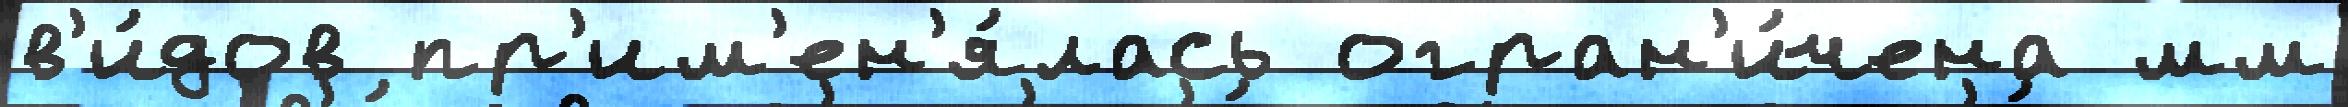
в'и́дов пр'им'ен'я́лась огран'и́чена мм